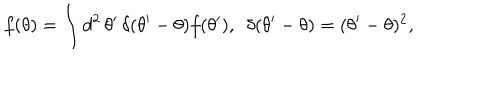
f ( \theta ) = \int d ^ { 2 } \, \theta ^ { \prime } \, \delta ( \theta ^ { \prime } - \theta ) f ( \theta ^ { \prime } ) , \, \, \, \delta ( \theta ^ { \prime } - \theta ) = ( \theta ^ { \prime } - \theta ) ^ { 2 } ,